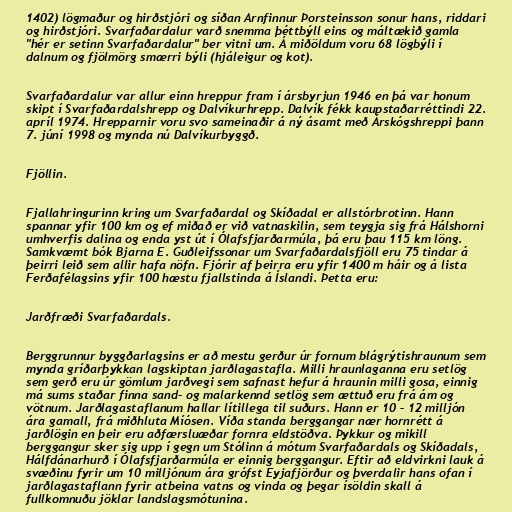
1402) lögmaður og hirðstjóri og síðan Arnfinnur Þorsteinsson sonur hans, riddari
og hirðstjóri. Svarfaðardalur varð snemma þéttbýll eins og máltækið gamla
"hér er setinn Svarfaðardalur" ber vitni um. Á miðöldum voru 68 lögbýli í
dalnum og fjölmörg smærri býli (hjáleigur og kot).

Svarfaðardalur var allur einn hreppur fram í ársbyrjun 1946 en þá var honum
skipt í Svarfaðardalshrepp og Dalvíkurhrepp. Dalvík fékk kaupstaðarréttindi 22.
apríl 1974. Hrepparnir voru svo sameinaðir á ný ásamt með Árskógshreppi þann
7. júní 1998 og mynda nú Dalvíkurbyggð.

Fjöllin.

Fjallahringurinn kring um Svarfaðardal og Skíðadal er allstórbrotinn. Hann
spannar yfir 100 km og ef miðað er við vatnaskilin, sem teygja sig frá Hálshorni
umhverfis dalina og enda yst út í Ólafsfjarðarmúla, þá eru þau 115 km löng.
Samkvæmt bók Bjarna E. Guðleifssonar um Svarfaðardalsfjöll eru 75 tindar á
þeirri leið sem allir hafa nöfn. Fjórir af þeirra eru yfir 1400 m háir og á lista
Ferðafélagsins yfir 100 hæstu fjallstinda á Íslandi. Þetta eru:

Jarðfræði Svarfaðardals.

Berggrunnur byggðarlagsins er að mestu gerður úr fornum blágrýtishraunum sem
mynda gríðarþykkan lagskiptan jarðlagastafla. Milli hraunlaganna eru setlög
sem gerð eru úr gömlum jarðvegi sem safnast hefur á hraunin milli gosa, einnig
má sums staðar finna sand- og malarkennd setlög sem ættuð eru frá ám og
vötnum. Jarðlagastaflanum hallar lítillega til suðurs. Hann er 10 – 12 milljón
ára gamall, frá miðhluta Míósen. Víða standa berggangar nær hornrétt á
jarðlögin en þeir eru aðfærsluæðar fornra eldstöðva. Þykkur og mikill
berggangur sker sig upp í gegn um Stólinn á mótum Svarfaðardals og Skíðadals,
Hálfdánarhurð í Ólafsfjarðarmúla er einnig berggangur. Eftir að eldvirkni lauk á
svæðinu fyrir um 10 milljónum ára grófst Eyjafjörður og þverdalir hans ofan í
jarðlagastaflann fyrir atbeina vatns og vinda og þegar ísöldin skall á
fullkomnuðu jöklar landslagsmótunina.